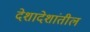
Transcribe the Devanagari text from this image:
देशादेशांतील